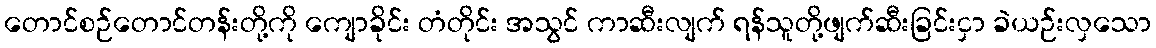
တောင်စဉ်တောင်တန်းတို့ကို ကျောခိုင်း တံတိုင်း အသွင် ကာဆီးလျက် ရန်သူတို့ဖျက်ဆီးခြင်းငှာ ခဲယဉ်းလှသော